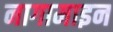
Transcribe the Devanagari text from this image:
नागामाइन